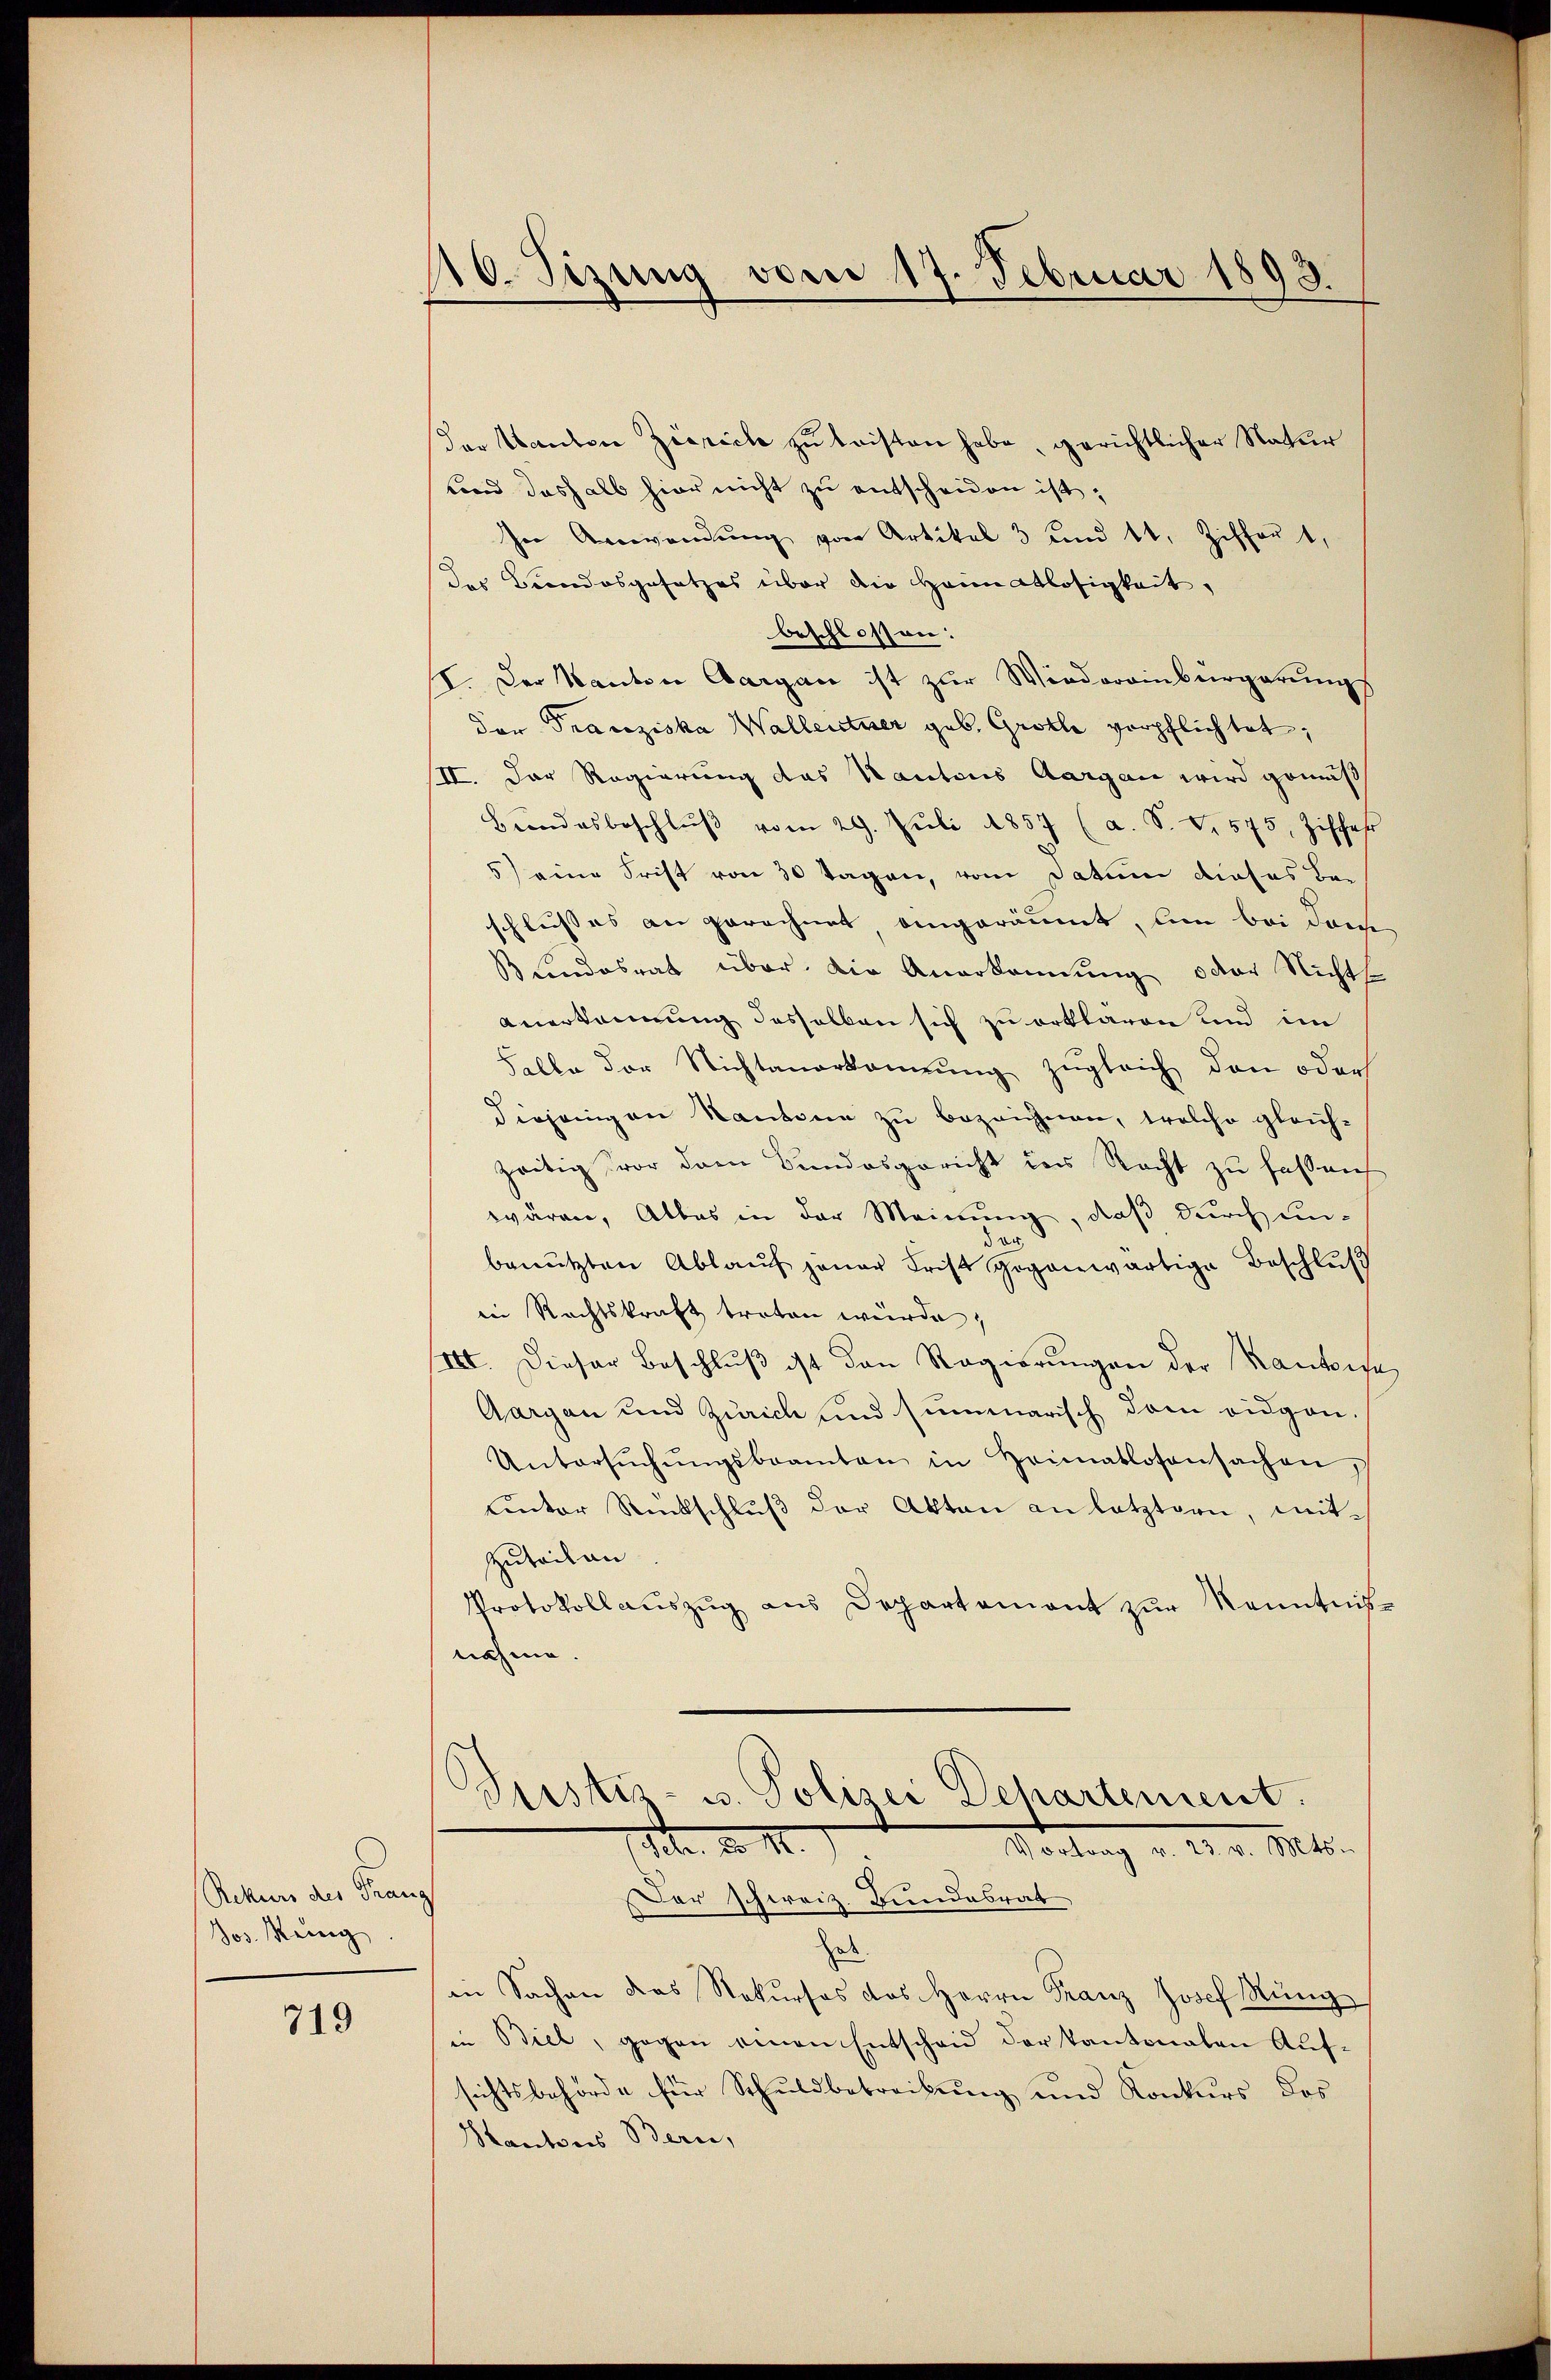
Rekurs der Franz
Jos. Keinig

719

10. Sizung vom 17. Februar 1893.

der Kanton Zierich zu leisten habe, gerichtlicher Natur
und deshalb hier nicht zu entscheiden ist,
In Anwendung von Artikel 3 und 14. Ziffert,
der Brandosgesetzes über die Heimatlosigkeit,
beschlossen:
II. Der Kanton Aargau ist zur Wiederainbürgerungs
der Franziska Wallentner geb. Grolle verpflichtet,
II. Der Regierung das Kantons Aargau wird gemis
Bŭndesbeschlŭβ vom 29. Jŭli 1857 (a. S. V. 575, Zischeh
5) eine Frist von 30 Tagen, vom Datum dieses Beschlusses an gerechnet eingeräumt, bin bei dans
Lindesrat über. Die Anerkennung oder Nichts
anerkennung desselben sich zu erklären und im
Falle der Nichtanerkanzŭng zŭgleich den oder
diejenigen Kantone zu bezeichnen, welche gleichzeitig vor dann Bundesgericht der Recht zu fassen
wären, Alles in der Meinung, daß durch unde
benützten Ablaŭf jener Frist gegenwärtige Beschlŭβ
in Rechtskraft treten würde,
III. Dieser Beschluß ist den Regierungen der Kautise,
Aargau und Zürich und summarisch dem eidgen
Untersŭchŭngsbeamten in Heimatlosensachen
unter Rückschlŭβ der Akten an letztern, mit¬
Zuteilen
Protokollauszug aus Departement zur Kenntnisnahme.
Bustiz- u. Polizei Departement.
Str. d. II.
Vortrag v. 23. v. Mts.
Der Schweiz. Bundesrat
get.
in Sachen des Rekurses das Herrn Franz Josef Rung
in Biel, gegen einen Entscheid der Kantonalen Aufsichtsbehörde für Schuldbetreibung und Konkurs das
Kantons Bern,